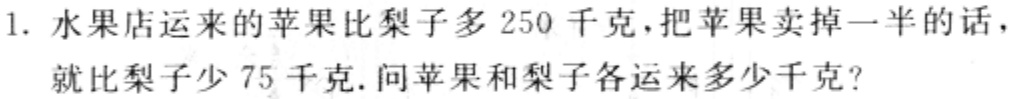
1. 水果店运来的苹果比梨子多250千克，把苹果卖掉一半的话，

就比梨子少75千克. 问苹果和梨子各运来多少千克?